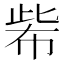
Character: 𢃌